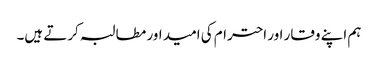
ہم اپنے وقار اور احترام کی امید اور مطالبہ کرتے ہیں۔